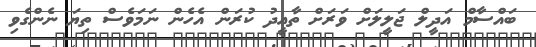
ބައްސާމް އަދީލް ޖަލީލަށް ވަރަށް ތާޢީދު ކުރަން އެހެން ނަމަވެސް ތިޔަ ނެންގެވި